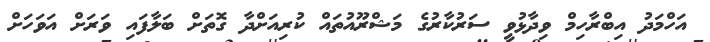
އަހްމަދު އިބްރާހިމް ވިދާޅުވީ ސަރުކާރުގެ މަޝްރޫއުތައް ކުރިއަށްދާ ގޮތަށް ބަލާފައި ވަރަށް އަވަހަށް